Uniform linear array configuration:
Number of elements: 16
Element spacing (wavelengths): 1
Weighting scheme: hamming
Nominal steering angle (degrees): -30
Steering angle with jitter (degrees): -30.002
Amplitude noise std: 0.05
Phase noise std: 0.05

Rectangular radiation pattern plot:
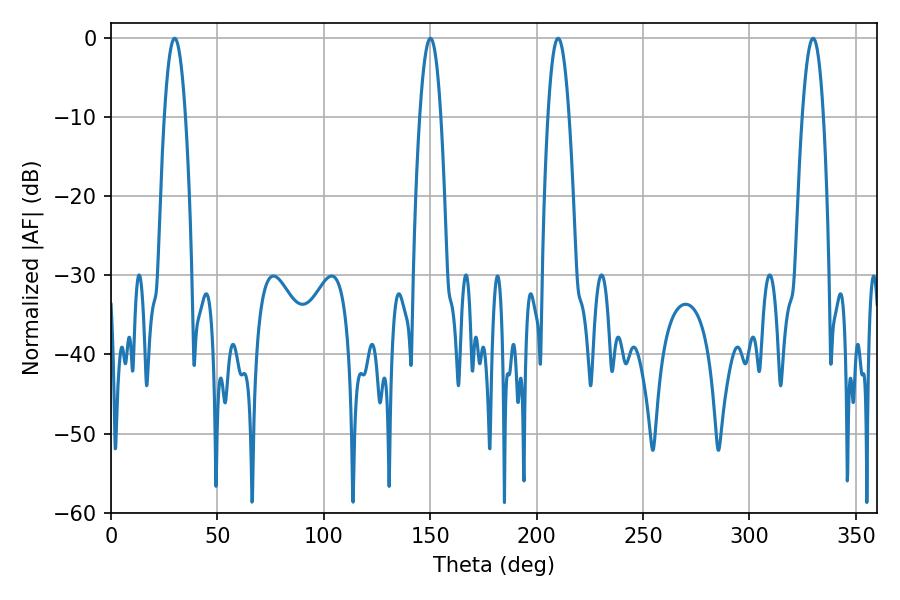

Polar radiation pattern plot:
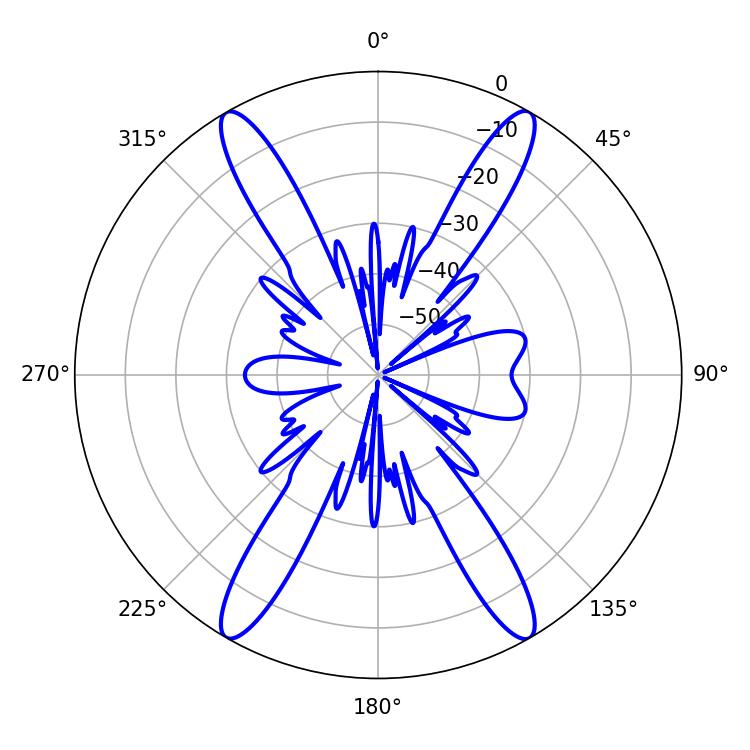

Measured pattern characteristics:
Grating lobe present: TRUE
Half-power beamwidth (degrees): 5.58
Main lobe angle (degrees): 210.06